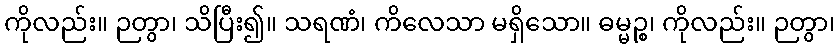
ကိုလည်း။ ဉတွာ၊ သိပြီး၍။ သရဏံ၊ ကိလေသာ မရှိသော။ ဓမ္မဉ္စ၊ ကိုလည်း။ ဉတွာ၊